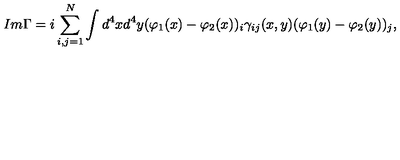
I m \Gamma = i \sum _ { i , j = 1 } ^ { N } \int d ^ { 4 } x d ^ { 4 } y ( \varphi _ { 1 } ( x ) - \varphi _ { 2 } ( x ) ) _ { i } \gamma _ { i j } ( x , y ) ( \varphi _ { 1 } ( y ) - \varphi _ { 2 } ( y ) ) _ { j } ,